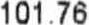
101.76